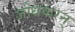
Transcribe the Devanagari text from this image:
जोधकरन्